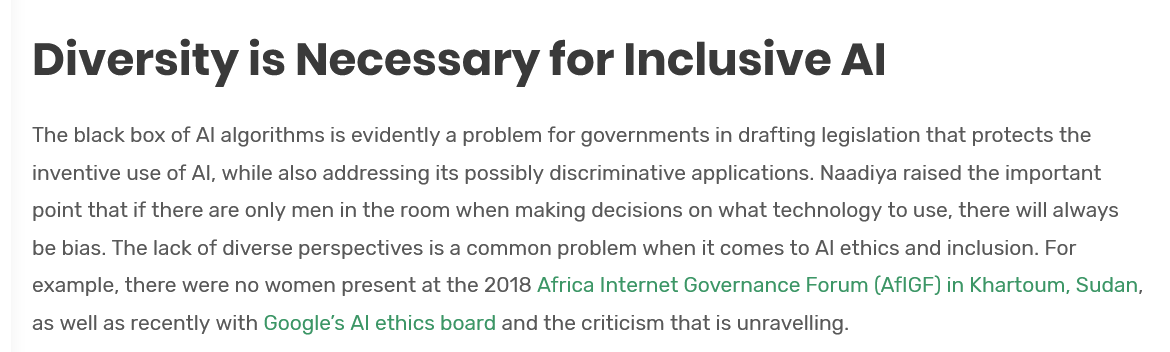
Diversity    is  Necessary    for    Inclusive    Al
   The black box of Al algorithms is evidently a problem for governments in drafting legislation that protects the
    inventive use of Al, while also addressing its possibly discriminative applications. Naadiya raised the important
    point that if there are only men in the room when making decisions on what technology to use, there will always
    be bias. The lack of diverse perspectives is a common problem when it comes to Al ethics and inclusion. For
    example, there were no women present at the 2018 Africa Internet Governance Forum (AfIGF) in Khartoum, Suda
    as well as recently with Google's Al ethics board and the criticism that is unravelling.